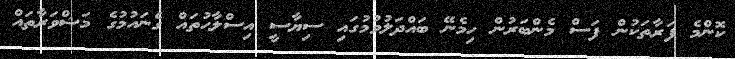
ކޮންމެ ފަރާތަކުން ފަސް މެންބަރުން ހިމެނޭ ބައްދަލުވުމުގައި ސިޔާސީ އިސްލާހުތައް ގެނައުމުގެ މަޝްވަރާތައް